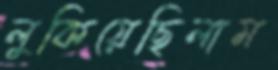
লুকিয়েছিলাম